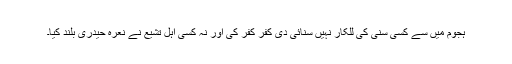
ہجوم میں سے کسی سُنّی کی للکار نہیں سنائی دی کُفر کُفر کی اور نہ کسی اہلِ تشیع نے نعرہِ حیدری بلند کیا۔